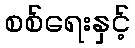
စစ်ရေးနှင့်